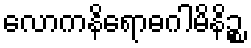
လောကနိရောဓဂါမိနိဉ္စ